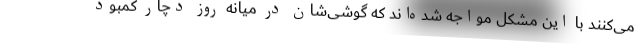
می‌کنند با این مشکل مواجه شده‌اند که گوشی‌شان در میانه روز دچار کمبود